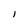
Character: l